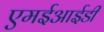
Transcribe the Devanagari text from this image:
एमईआईडी